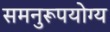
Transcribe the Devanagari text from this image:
समनुरूपयोग्य